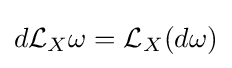
d{\mathcal {L}}_{X}\omega ={\mathcal {L}}_{X}(d\omega )